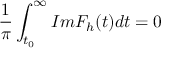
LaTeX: \frac { 1 } { \pi } \int _ { t _ { 0 } } ^ { \infty } I m F _ { h } ( t ) d t = 0